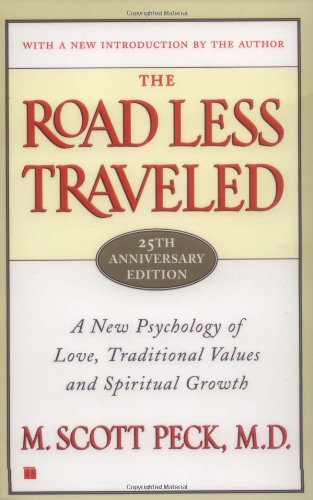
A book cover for The Road Less Traveled, Timeless Edition: A New Psychology of Love, Traditional Values and Spiritual Growth; M. Scott Peck; Self-Help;